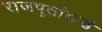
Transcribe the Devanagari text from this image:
राजपुतांकडे